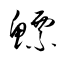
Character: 鰾